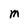
Character: M